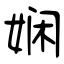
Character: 娴